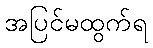
အပြင်မထွက်ရ